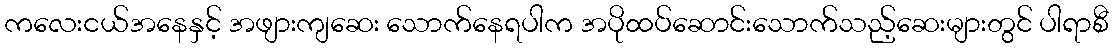
ကလေးငယ်အနေနှင့် အဖျားကျဆေး သောက်နေရပါက အပိုထပ်ဆောင်းသောက်သည့်ဆေးများတွင် ပါရာစီ